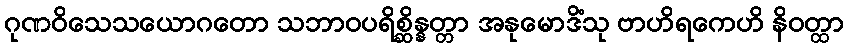
ဂုဏဝိသေသယောဂတော သဘာဝပရိစ္ဆိန္နတ္တာ အနုမောဒိံသု ဗာဟိရကေဟိ နိဝတ္ထာ